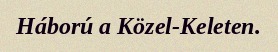
Háború a Közel-Keleten.